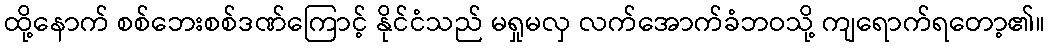
ထို့နောက် စစ်ဘေးစစ်ဒဏ်ကြောင့် နိုင်ငံသည် မရှုမလှ လက်အောက်ခံဘဝသို့ ကျရောက်ရတော့၏။